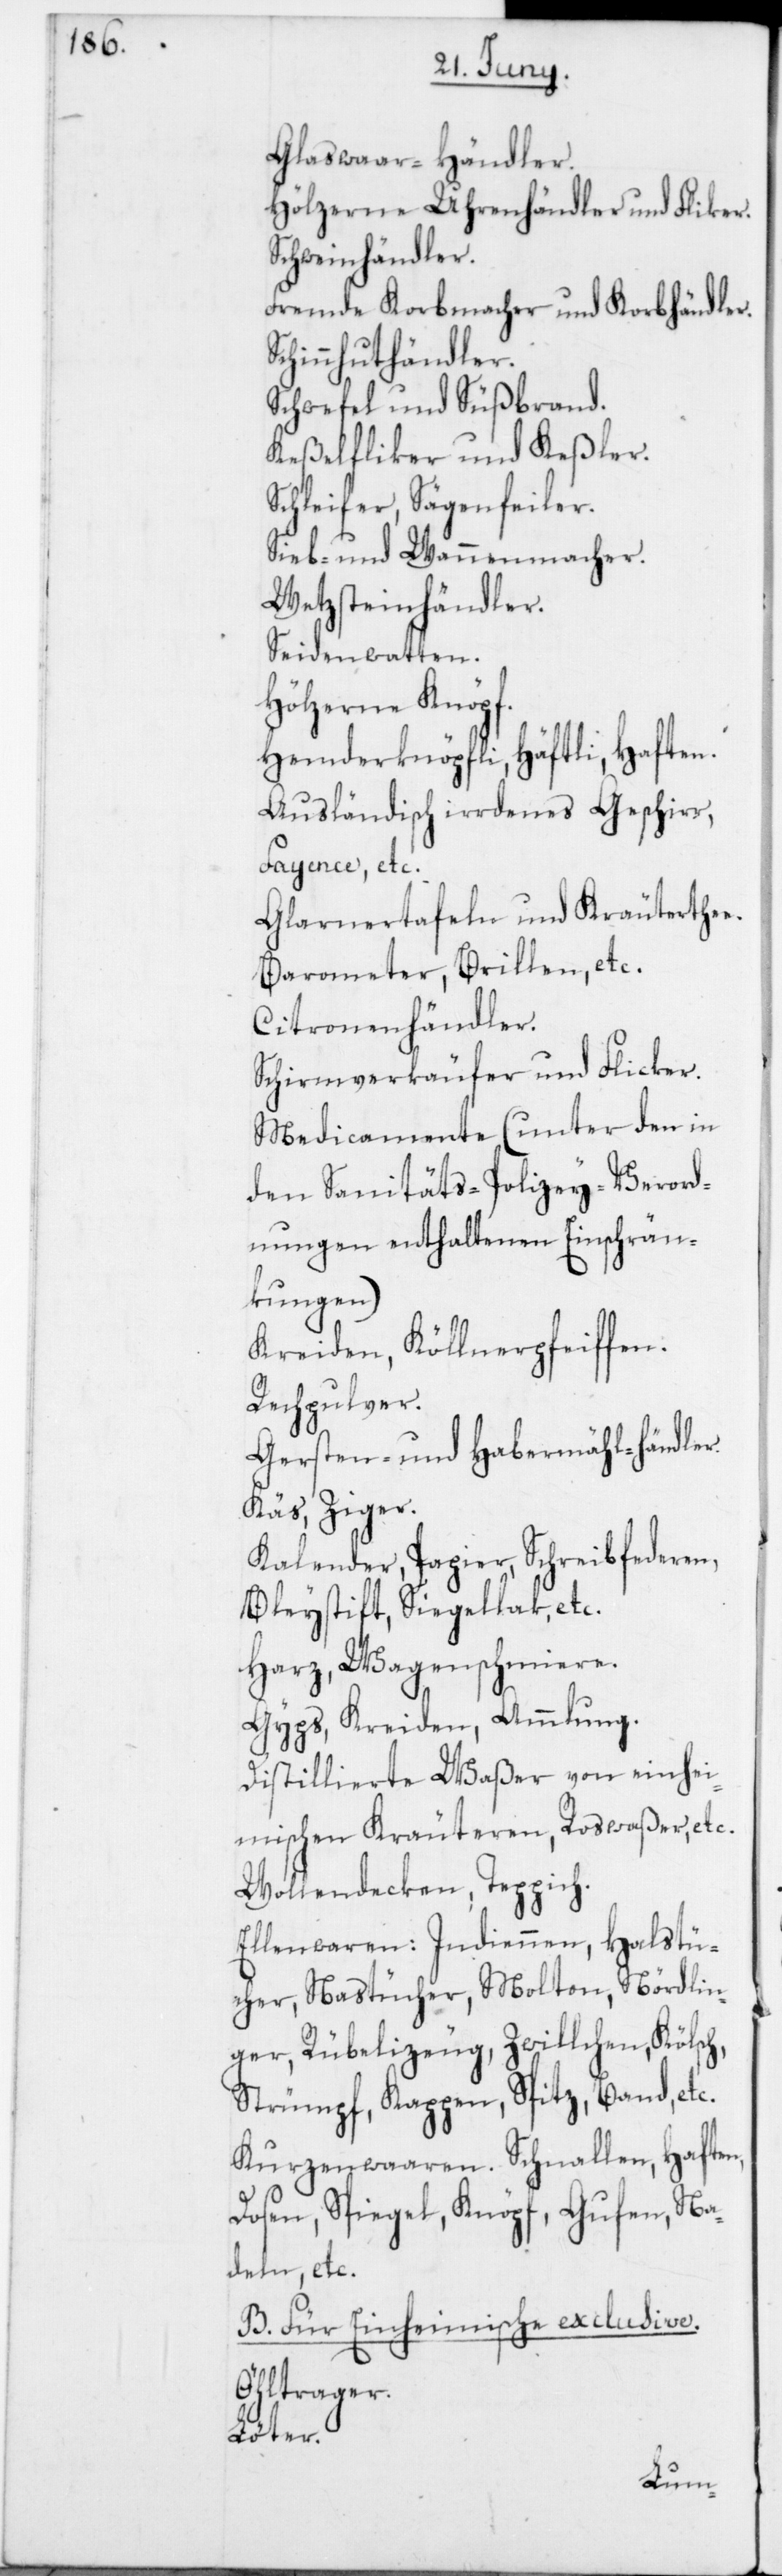
Glaswaar-Händler.
Hölzerne Uhrenhändler und Fliker.
Schweinhändler.
Fremde Korbmacher und Korbhändler.
Schinnhuthändler.
Schwefel und Süßbrand.
Keßelfliker und Keßler.
Schleifer, Sägenfeiler.
Sieb- und Wannenmacher.
Wetzsteinhändler.
Seidenwatten.
Hölzerne Knöpf.
Hemderknöpfli, Häftli, Haften.
Ausländisch irdenes Geschirr,
Fayence etc.
Glarnertafeln und Kräuterthee.
Barometer, Brillen etc.
Citronenhändler.
Schirmverkäufer und Flicker.
Medicamente (unter den in
den Sanitäts-Polizey-Verord¬
nungen enthaltenen Einschrän¬
kungen)
Kreiden, Köllnerpfeiffen.
Rechpulver.
Gersten- und Habermählhändler.
Käs, Ziger.
Kalender, Papier, Schreibfederen,
Bleystift, Siegellak, etc.
Harz, Wagenschmiere.
Gyps, Kreiden, Ammlung.
Distillierte Waßer von einhei¬
mischen Kräuteren, Roswaßer, etc.
Wollendecken, Teppich.
Ellenwaren: Indiennen, Halstü¬
cher, Nastücher, Molton, Nördlin¬
ger, Rübelizeug, Zwillchen, Kölsch,
Strümpf, Kappen, Spitz, Band, etc.
Kurzenwaaren. Schnallen, Haften,
Dosen, Spiegel, Knöpf, Gufen, Na¬
deln, etc.
B. Für Einheimische exclusive.
Öhltrager.
Löter.